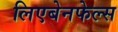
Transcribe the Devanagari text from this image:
लिएबेनफेल्स